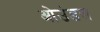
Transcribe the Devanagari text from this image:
ओउंडल